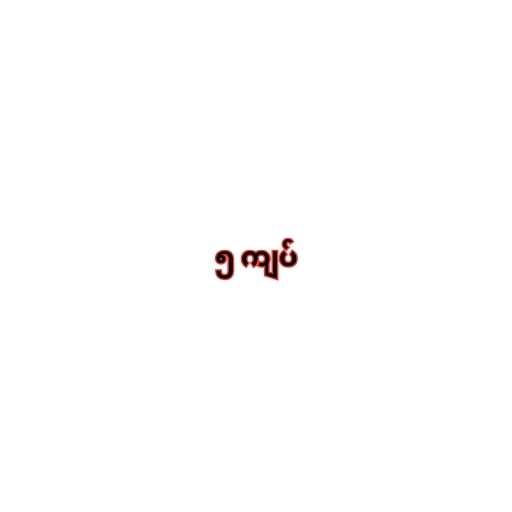
၅ ကျပ်